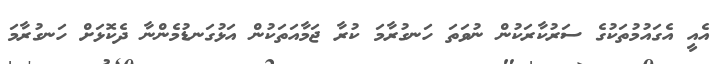
އެއީ އެގައުމުތަކުގެ ސަރުކާރަކުން ނުވަތަ ހަނގުރާމަ ކުރާ ޖަމާއަތަކުން އަޅުގަނޑުމެންނާ ދެކޮޅަށް ހަނގުރާމަ